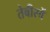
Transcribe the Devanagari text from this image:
तेबीस्वें